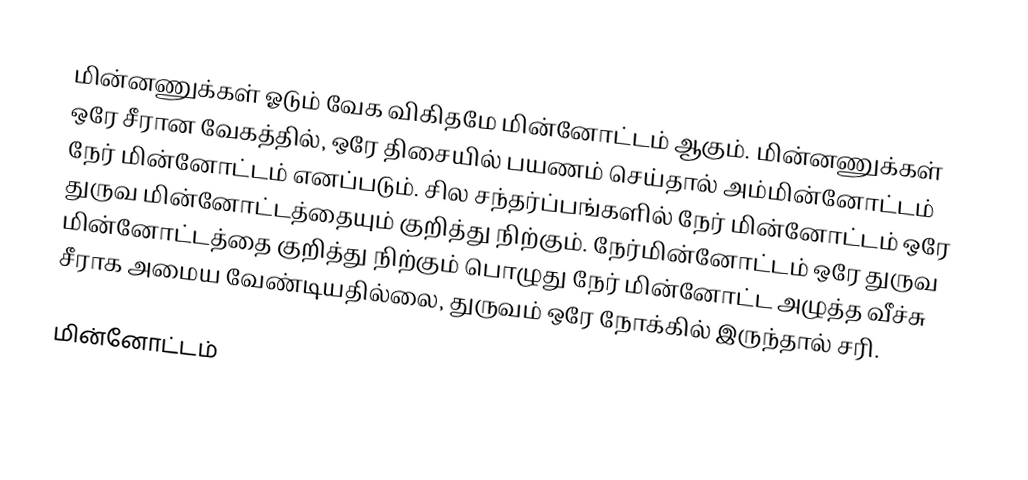
மின்னணுக்கள் ஓடும் வேக விகிதமே மின்னோட்டம் ஆகும். மின்னணுக்கள் ஒரே சீரான வேகத்தில், ஒரே திசையில் பயணம் செய்தால் அம்மின்னோட்டம் நேர் மின்னோட்டம் எனப்படும். சில சந்தர்ப்பங்களில் நேர் மின்னோட்டம் ஒரே துருவ மின்னோட்டத்தையும் குறித்து நிற்கும். நேர்மின்னோட்டம் ஒரே துருவ மின்னோட்டத்தை குறித்து நிற்கும் பொழுது நேர் மின்னோட்ட அழுத்த வீச்சு சீராக அமைய வேண்டியதில்லை, துருவம் ஒரே நோக்கில் இருந்தால் சரி.

மின்னோட்டம்